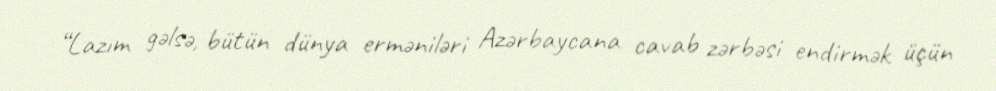
“Lazım gəlsə, bütün dünya erməniləri Azərbaycana cavab zərbəsi endirmək üçün